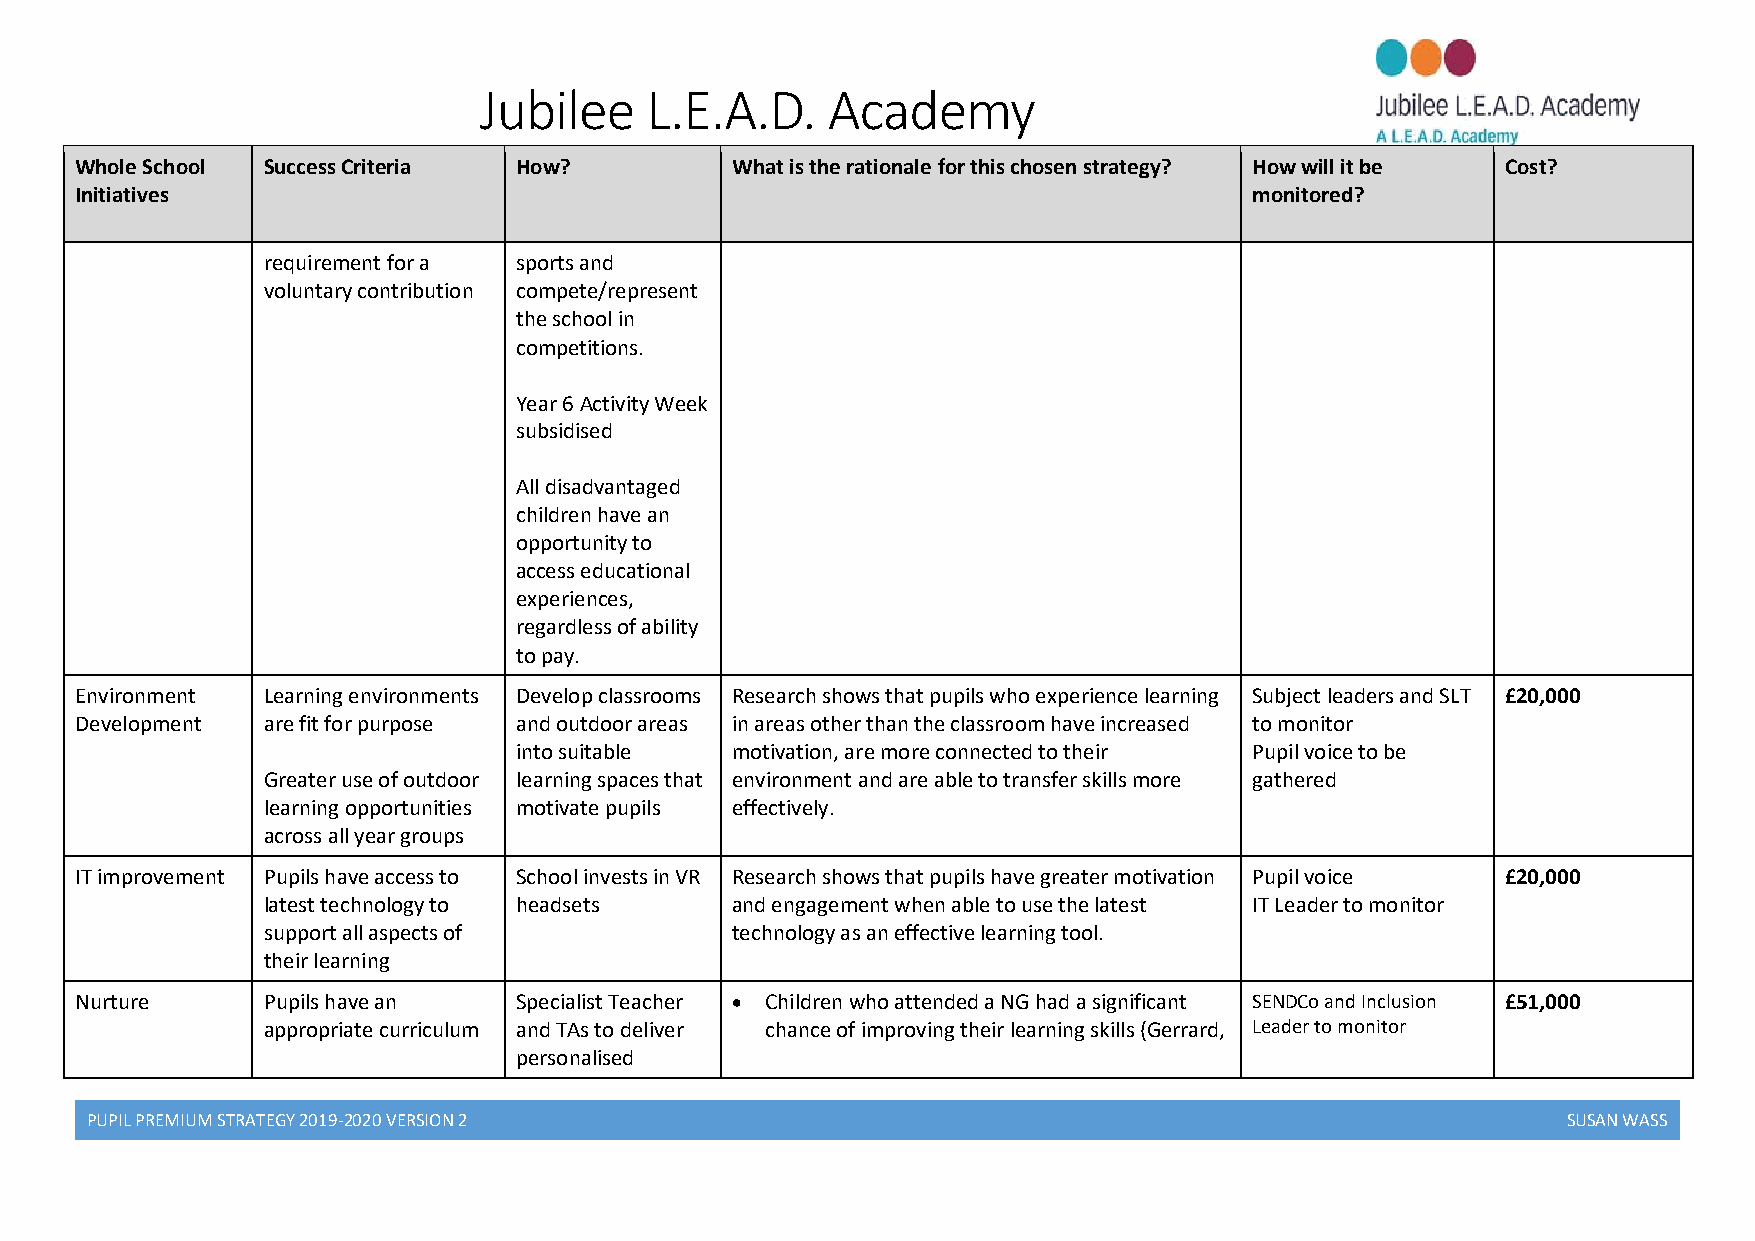
Jubilee    L.E.A.D.    Academy
 Whole School Success Criteria How?         What is the rationale for this chosen strategy? How will it be Cost?
 Initiatives                                                                   monitored?
 requirement for a sports and
 voluntary contribution compete/represent
 the school in
 competitions.
 Year 6 Activity Week
 subsidised
 All disadvantaged
 children have an
 opportunity to
 access educational
 experiences,
 regardless of ability
 to pay.
 Environment Learning environments Develop classrooms Research shows that pupils who experience learning Subject leaders and SLT £20,000
 Development are fit for purpose and outdoor areas in areas other than the classroom have increased to monitor
 into suitable motivation, are more connected to their Pupil voice to be
 Greater use of outdoor learning spaces that environment and are able to transfer skills more gathered
 learning opportunities motivate pupils effectively.
 across all year groups
 IT improvement Pupils have access to School invests in VR Research shows that pupils have greater motivation Pupil voice £20,000
 latest technology to headsets  and engagement when able to use the latest IT Leader to monitor
 support all aspects of         technology as an effective learning tool.
 their learning
 Nurture     Pupils have an   Specialist Teacher  Children who attended a NG had a significant SENDCo and Inclusion £51,000
 appropriate curriculum and TAs to deliver chance of improving their learning skills (Gerrard, Leader to monitor
 personalised
 PUPIL PREMIUM STRATEGY 2019-2020 VERSION 2                                                        SUSAN WASS